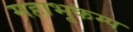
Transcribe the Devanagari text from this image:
महाभूकम्प